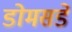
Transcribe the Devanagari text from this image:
डोमसडे